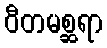
ဝီတမစ္ဆရာ